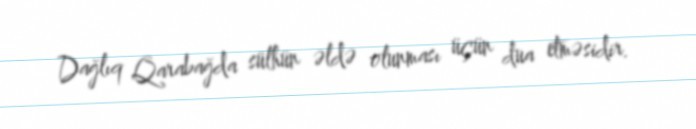
Dağlıq Qarabağda sülhün əldə olunması üçün dua etməsidir.